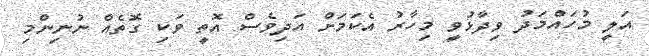
އަލީ މުހައްމަދު ވިދާޅުވީ މިހާރު އެކަމަށް އަދިވެސް އޮތީ ވަކި ގޮތެއް ނުނިންމި